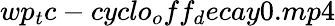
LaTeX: wp_{t}c-cyclo_{o}ff_{d}ecay0.mp4